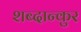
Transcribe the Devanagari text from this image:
शब्दान्कुर